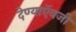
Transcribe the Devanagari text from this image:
देण्याऍवजी